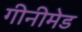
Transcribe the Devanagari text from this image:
गीनीमेड